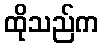
ထိုသည်က